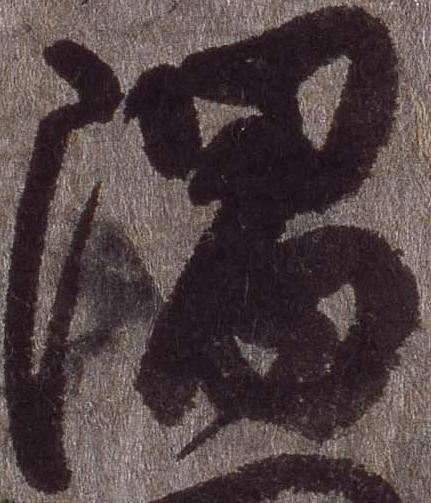
隅